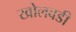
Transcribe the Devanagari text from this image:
खोलवडी